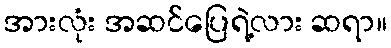
အားလုံး အဆင်ပြေရဲ့လား ဆရာ။